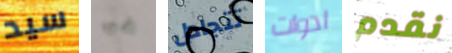
سيد في تتجادل ادوات نقدم